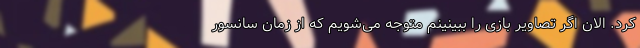
کرد. الان اگر تصاویر بازی را ببینینم متوجه می‌شویم که از زمان سانسور